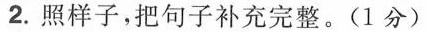
2.照样子，把句子补充完整。(1分)